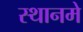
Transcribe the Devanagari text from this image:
स्थानमे